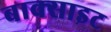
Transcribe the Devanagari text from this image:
बाक्‍साइट